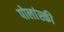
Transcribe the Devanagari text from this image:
पोलांस्की